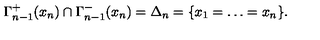
\Gamma _ { n - 1 } ^ { + } ( x _ { n } ) \cap \Gamma _ { n - 1 } ^ { - } ( x _ { n } ) = \Delta _ { n } = \{ x _ { 1 } = \ldots = x _ { n } \} .